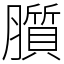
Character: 䑇